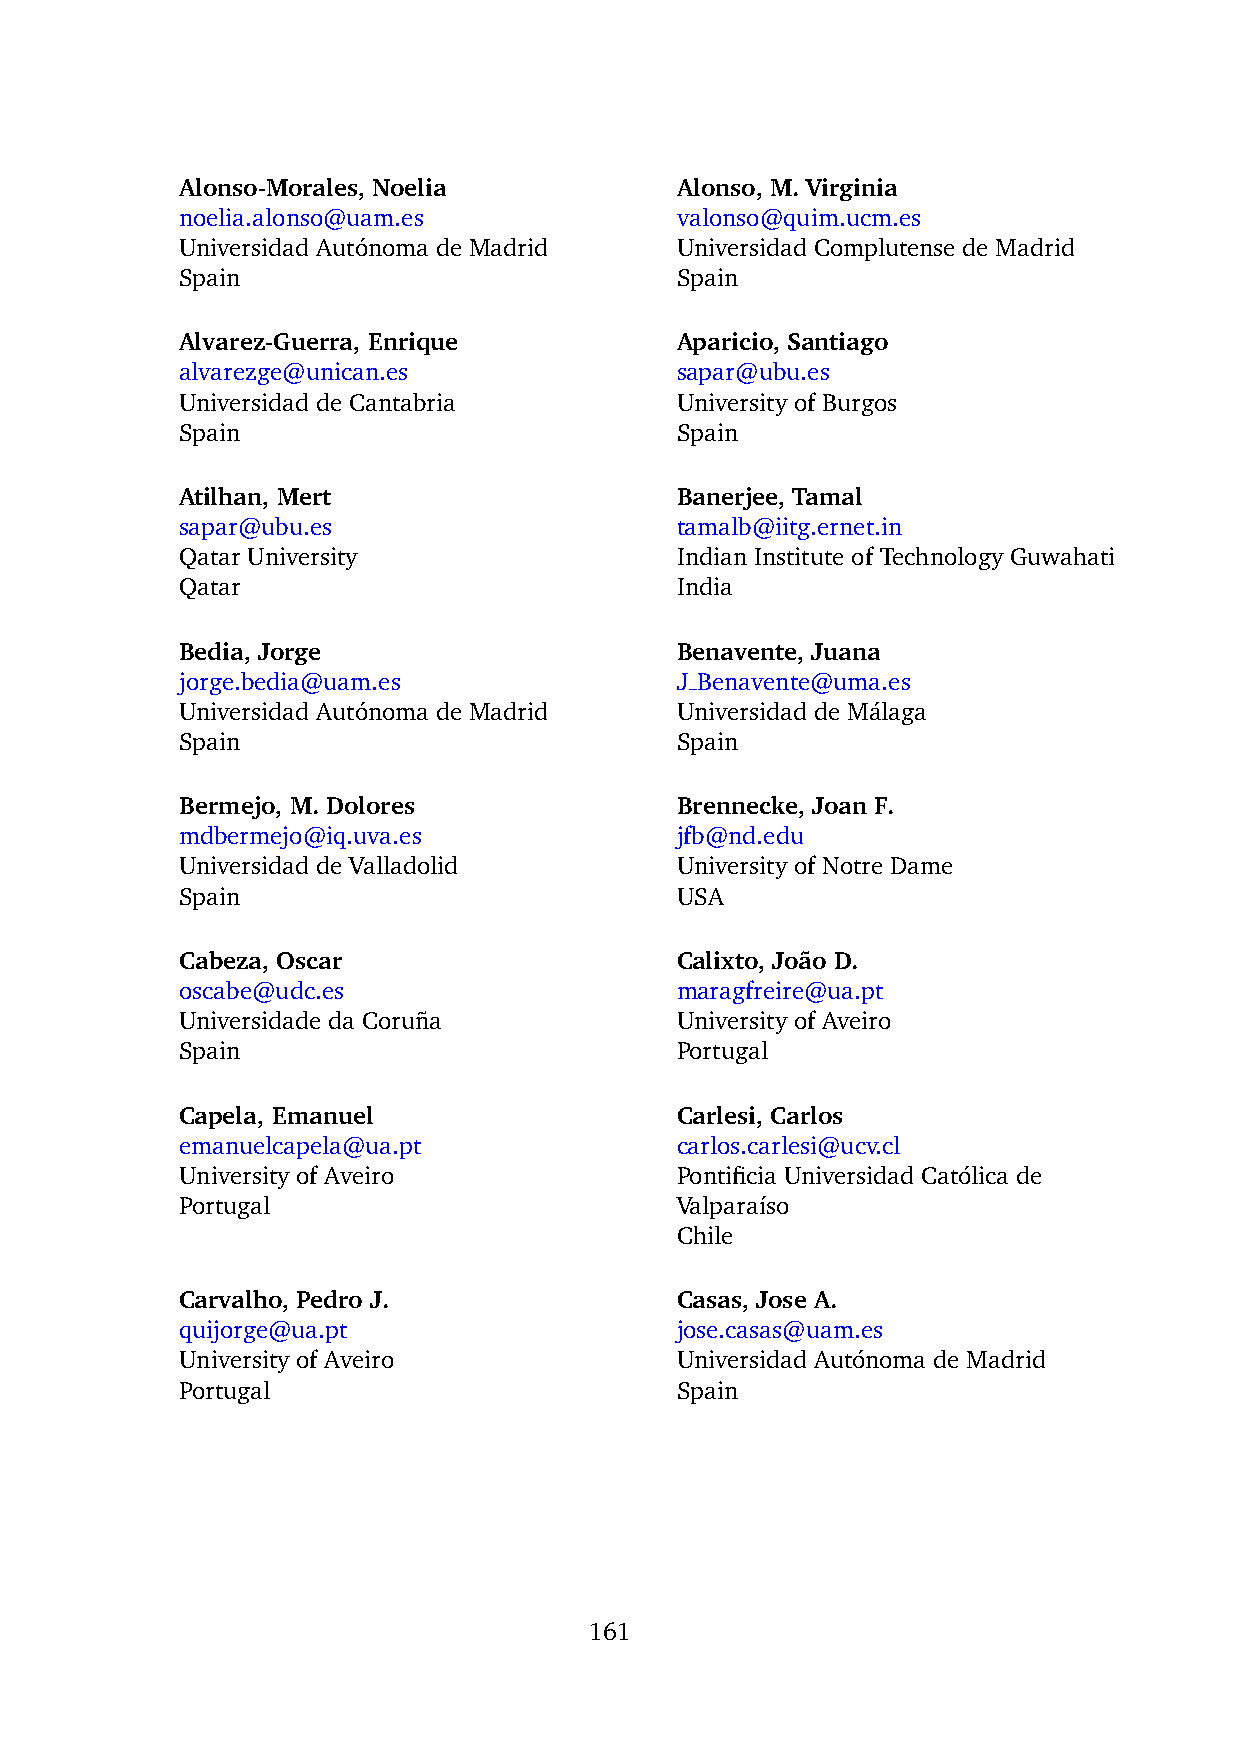
Alonso-Morales, Noelia           Alonso, M. Virginia
 noelia.alonso@uam.es             valonso@quim.ucm.es
 Universidad Auto´noma de Madrid  Universidad Complutense de Madrid
 Spain                            Spain
 Alvarez-Guerra, Enrique          Aparicio, Santiago
 alvarezge@unican.es              sapar@ubu.es
 Universidad de Cantabria         University of Burgos
 Spain                            Spain
 Atilhan, Mert                    Banerjee, Tamal
 sapar@ubu.es                     tamalb@iitg.ernet.in
 Qatar University                 Indian Institute of Technology Guwahati
 Qatar                            India
 Bedia, Jorge                     Benavente, Juana
 jorge.bedia@uam.es               J Benavente@uma.es
 Universidad Auto´noma de Madrid  Universidad de Ma´laga
 Spain                            Spain
 Bermejo, M. Dolores              Brennecke, Joan F.
 mdbermejo@iq.uva.es              jfb@nd.edu
 Universidad de Valladolid        University of Notre Dame
 Spain                            USA
 Cabeza, Oscar                    Calixto, Joa˜o D.
 oscabe@udc.es                    maragfreire@ua.pt
 Universidade da Corun˜a          University of Aveiro
 Spain                            Portugal
 Capela, Emanuel                  Carlesi, Carlos
 emanuelcapela@ua.pt              carlos.carlesi@ucv.cl
 University of Aveiro             Pontificia Universidad Cato´lica de
 Portugal                         Valpara´ıso
 Chile
 Carvalho, Pedro J.               Casas, Jose A.
 quijorge@ua.pt                   jose.casas@uam.es
 University of Aveiro             Universidad Auto´noma de Madrid
 Portugal                         Spain
 161